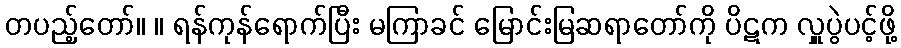
တပည့်တော်။ ။ ရန်ကုန်ရောက်ပြီး မကြာခင် မြောင်းမြဆရာတော်ကို ပိဋက လှူပွဲပင့်ဖို့